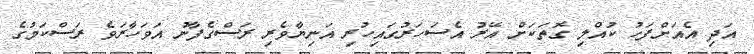
އަދި އެއަށްފަހު ކުއްލި ގޮތަކަށް އޭރު އެސަހަރުގައިހުރި އަނިޔާވެރި ރަސްގެފާނު އަވަހާރަވެ ރަސްކަމުގެ